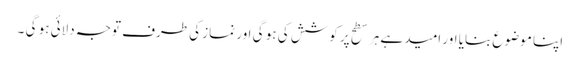
اپنا موضوع بنایا اور امید ہے ہر سطح پر کوشش کی ہو گی اور نماز کی طرف توجہ دلائی ہو گی ۔